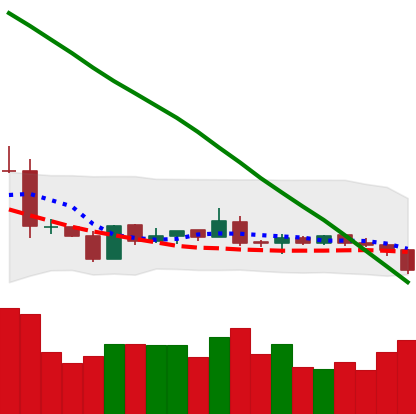
Ticker: NEO-USD
Chart end date: 2019-01-28
Forward return: 3.524%
Label: up_3_5